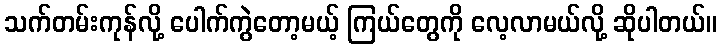
သက်တမ်းကုန်လို့ ပေါက်ကွဲတော့မယ့် ကြယ်တွေကို လေ့လာမယ်လို့ ဆိုပါတယ်။